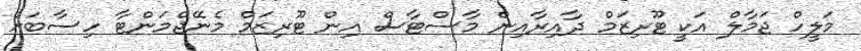
މަލީހް ޖަމާލް އަކީ ޓޫރިޒަމް ދާއިރާއިން މާސްޓާސް އިން ޓޫރިޒަމް މެނޭޖްމަންޓާ ހިސާބަށް